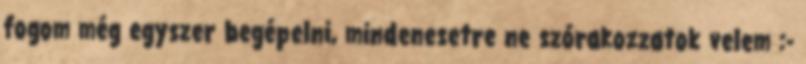
fogom még egyszer begépelni, mindenesetre ne szórakozzatok velem :-